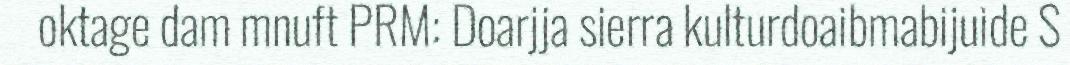
oktage dam mnuft PRM: Doarjja sierra kulturdoaibmabijuide S